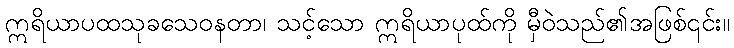
ဣရိယာပထသုခသေဝနတာ၊ သင့်သော ဣရိယာပုထ်ကို မှီဝဲသည်၏အဖြစ်၎င်း။